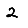
Digit: 2